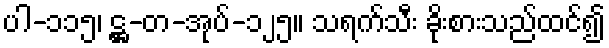
ပါ-၁၁၅၊ ဋ္ဌ-တ-အုပ်-၁၂၅။ သရက်သီး ခိုးစားသည်ထင်၍